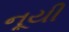
નૂયી